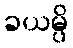
ခယမ္ပိ